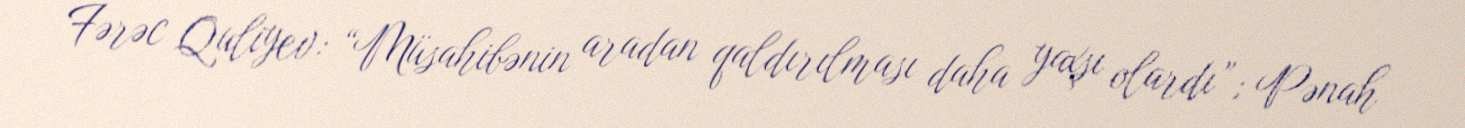
Fərəc Quliyev: “Müsahibənin aradan qaldırılması daha yaxşı olardı”; Pənah